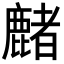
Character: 𪋑